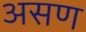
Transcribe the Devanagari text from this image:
असण